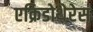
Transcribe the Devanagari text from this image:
एक्रिडोथेरेस